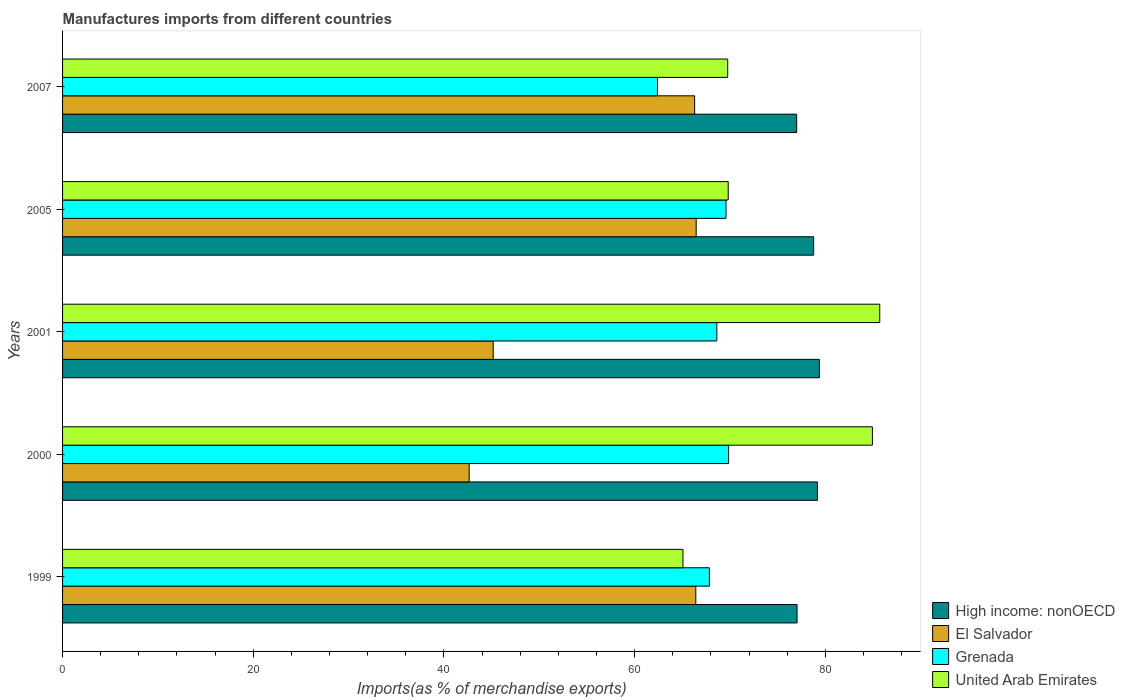
| Years | High income: nonOECD | El Salvador | Grenada | United Arab Emirates |
 | --- | --- | --- | --- | --- |
 | 1999 | 77 | 66.4 | 67.8 | 65.1 |
 | 2000 | 79.2 | 42.6 | 69.9 | 84.9 |
 | 2001 | 79.4 | 45.2 | 68.6 | 85.7 |
 | 2005 | 78.8 | 66.5 | 69.6 | 69.8 |
 | 2007 | 77 | 66.3 | 62.4 | 69.8 |